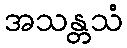
အသန္တသံ